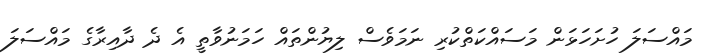
މައްސަލަ ހުށަހަޅަން މަސައްކަތްކުރި ނަމަވެސް ލިޔުންތައް ހަމަނުވާތީ އެ ދެ ދާއިރާގެ މައްސަލަ